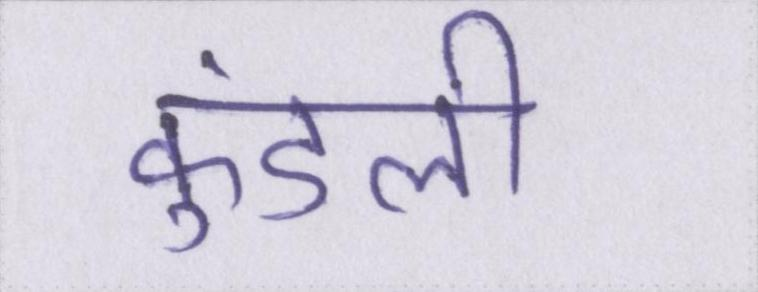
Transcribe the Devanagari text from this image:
कुंडली